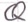
Text: Q